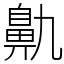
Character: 鼽